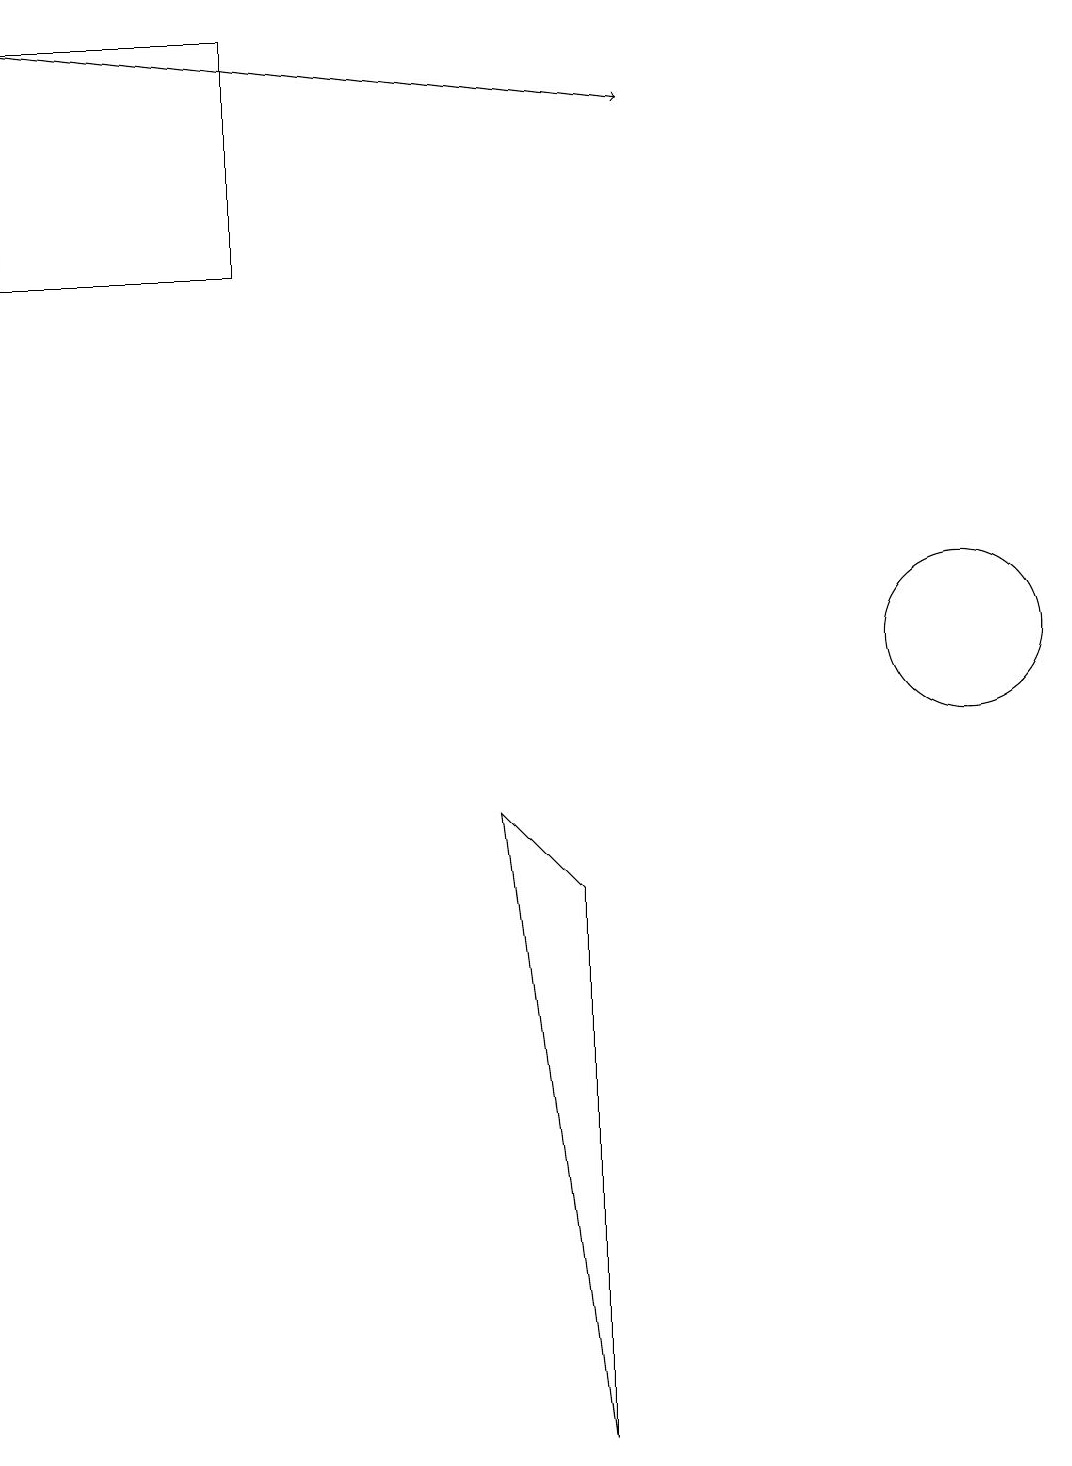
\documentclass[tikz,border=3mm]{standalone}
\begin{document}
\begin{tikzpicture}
\draw (12,11) circle (1);
\draw (6,9) -- (7,8) -- (7,1) -- cycle;
\draw (3,16) rectangle (0,19);
\draw[->] (0,19) -- (8,18);
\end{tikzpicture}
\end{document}